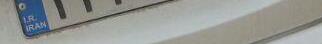
۲۳م۱۶۱۹۸